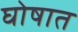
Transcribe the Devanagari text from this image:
घोषात